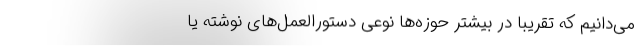
می‌دانیم که تقریباً در بیشتر حوزه‌ها نوعی دستورالعمل‌های نوشته یا